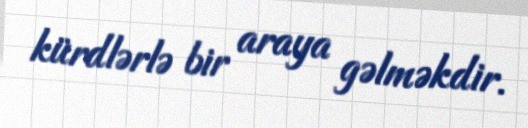
kürdlərlə bir araya gəlməkdir.